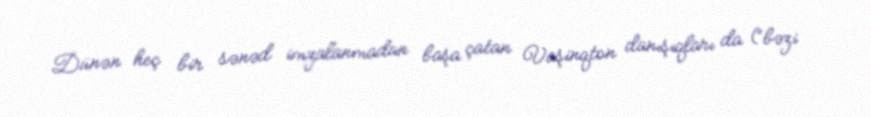
Dünən heç bir sənəd imzalanmadan başa çatan Vaşinqton danışıqları da (“bəzi